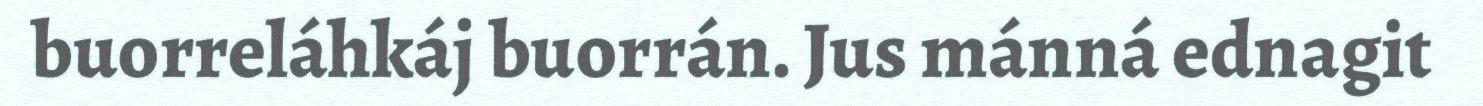
buorreláhkáj buorrán. Jus mánná ednagit